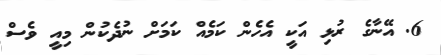
6. އޭނާގެ ރުޅި އަކީ އެހެން ކަމެއް ކަމަށް ނުދެކުން މިއީ ވެސް